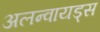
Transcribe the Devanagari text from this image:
अलन्वायड्स